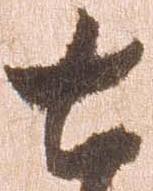
七